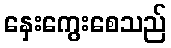
နှေးကွေးစေသည်